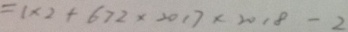
= 1 \times 2 + 6 7 2 \times 2 0 1 7 \times 2 0 1 8 - 2